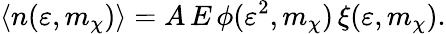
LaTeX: \langle n(\varepsilon,m_{\chi})\rangle=A\, E\, \phi(\varepsilon^{2},m_{\chi})\, \xi(\varepsilon,m_{\chi}).